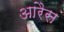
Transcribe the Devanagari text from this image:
आरैस